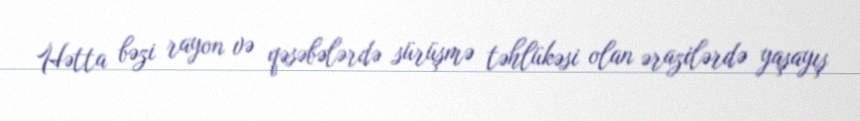
Hətta bəzi rayon və qəsəbələrdə sürüşmə təhlükəsi olan ərazilərdə yaşayış